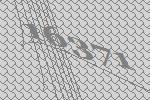
16371